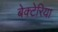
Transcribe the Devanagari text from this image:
बेक्टेरिया